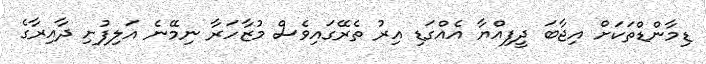
ޑިމާންޑްތަކަަށް އިޖާބަ ދީފިއްޔާ އެއްގަޑި އިރު ތެރޭގައިވެސް މުޒާހަރާ ނިމޭނެ އަލިފުށި ދާއިރާގެ